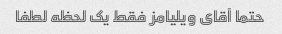
حتما آقای ویلیامز فقط یک لحظه لطفا